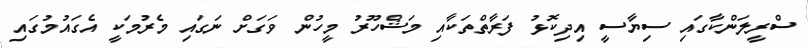
ސްރީލަންކާގައި ސިޔާސީ އިދިކޮޅު ފަރާތްތަކާއި މަޝްހޫރު މީހުން ވަގަށް ނަގައި މެރުމަކީ އެގައުމުގައި